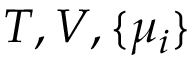
T , V , \{ \mu _ { i } \}